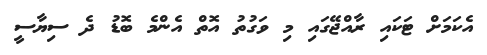
އެކަމަށް ޓަކައި ރާއްޖޭގައި މި ވަގުތު އޮތް އެންމެ ބޮޑު ދެ ސިޔާސީ